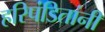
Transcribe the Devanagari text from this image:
हरिपंडितांनी